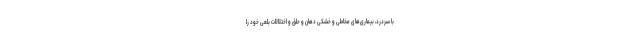
با سردرد، بیماری‌های مخاطی و خشکی دهان و حلق و اختلالات بلعی خود را